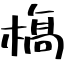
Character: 𣘺